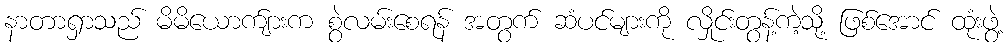
နာတာရှာသည် မိမိယောက်ျားက စွဲလမ်းစေရန် အတွက် ဆံပင်များကို လှိုင်းတွန့်ကဲ့သို့ ဖြစ်အောင် ထုံးဖွဲ့